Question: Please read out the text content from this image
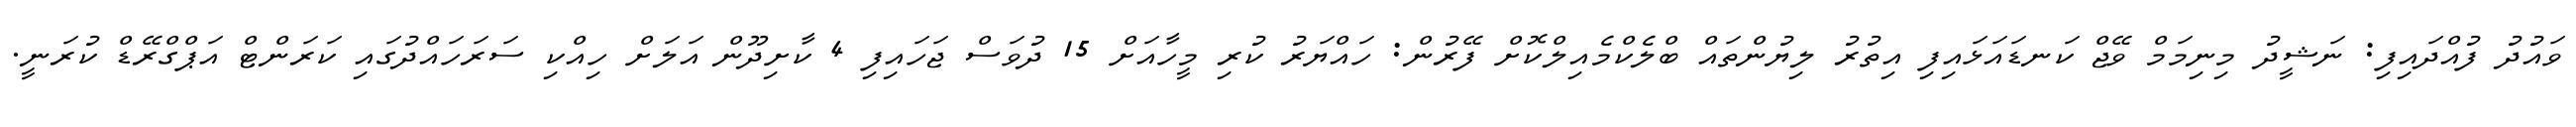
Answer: ވައުދު ފުއްދައިފި: ނަޝީދު މިނިމަމް ވޭޖް ކަނޑައަޅައިފި އިތުރު ލިޔުންތައް ބްލެކްމެއިލްކޮށް ފޭރުން: ހައްޔަރު ކުރި މީހާއަށް 15 ދުވަސް ޖަހައިފި 4 ކާށިދޫން އަލަށް ހިއްކި ސަރަހައްދުގައި ކަރަންޓް އަޕްގްރޭޑް ކުރަނީ.